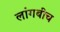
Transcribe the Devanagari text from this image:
लांगबीच